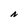
Character: N